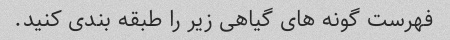
فهرست گونه های گیاهی زیر را طبقه بندی کنید.